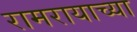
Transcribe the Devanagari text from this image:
रामरायाच्या